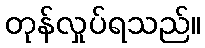
တုန်လှုပ်ရသည်။